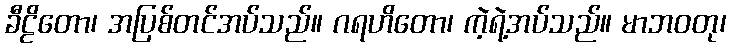
ခီဠိတော၊ အပြစ်တင်အပ်သည်။ ဂရဟိတော၊ ကဲ့ရဲ့အပ်သည်။ မာဘဝတု၊